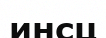
инсц